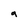
Character: g